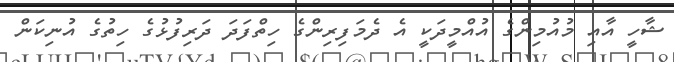
ޝާހީ އާއި މުއުމިންގެ އުއްމީދަކީ އެ ދެމަފިރިންގެ ހިތްފަދަ ދަރިފުޅުގެ ހިތުގެ އުނިކަން